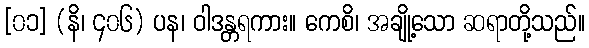
[၀၁] (နိ၊ ၄၀၆) ပန၊ ဝါဒန္တရကား။ ကေစိ၊ အချို့သော ဆရာတို့သည်။